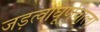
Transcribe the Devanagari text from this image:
जड़त्वाघूर्णवाला